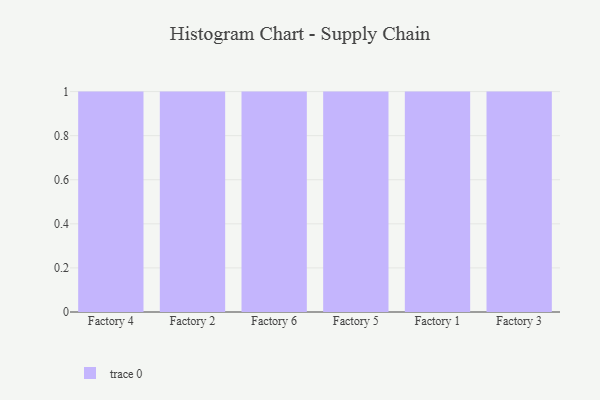
{"axis": {"x": "Factory", "y": "Satisfaction Score"}, "legend": [""], "data": [{"x": "Factory 4", "y": 7, "type": ""}, {"x": "Factory 2", "y": 37, "type": ""}, {"x": "Factory 6", "y": 24, "type": ""}, {"x": "Factory 5", "y": 46, "type": ""}, {"x": "Factory 1", "y": 36, "type": ""}, {"x": "Factory 3", "y": 64, "type": ""}]}